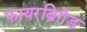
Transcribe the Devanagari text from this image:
फायरब्रिगेड